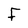
Character: F